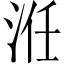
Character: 㳝